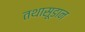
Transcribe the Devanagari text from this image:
तथासूडान